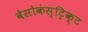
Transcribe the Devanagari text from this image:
वेसोकंस्ट्रिक्ट